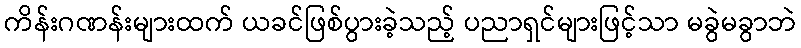
ကိန်းဂဏန်းများထက် ယခင်ဖြစ်ပွားခဲ့သည့် ပညာရှင်များဖြင့်သာ မခွဲမခွာဘဲ